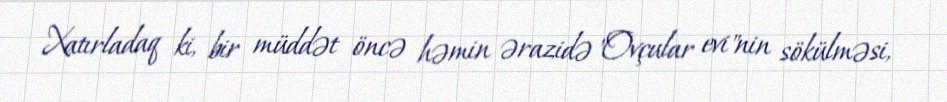
Xatırladaq ki, bir müddət öncə həmin ərazidə "Ovçular evi"nin sökülməsi,